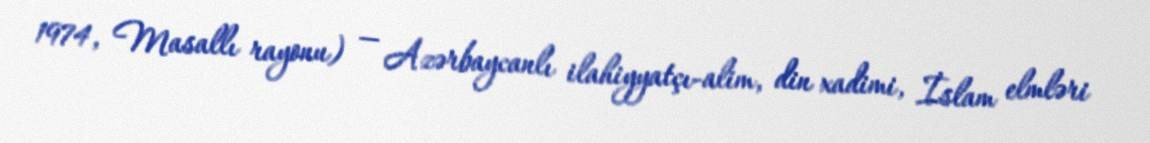
1974, Masallı rayonu) — Azərbaycanlı ilahiyyatçı-alim, din xadimi, İslam elmləri